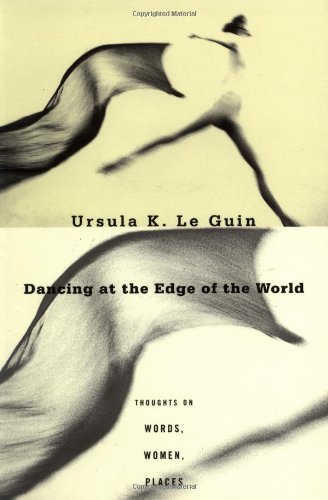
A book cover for Dancing at the Edge of the World: Thoughts on Words, Women, Places; Ursula K. Le Guin; Literature & Fiction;